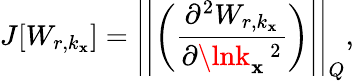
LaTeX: J[W_{r,k_{\mathbf{x}}}]=\left|\left|\left(\frac{{\partial^{2}W_{r,k_{\mathbf{x}}}}}{{\partial\lnk_{\mathbf{x}}\, ^{2}}}\right)\right|\right|_{Q},